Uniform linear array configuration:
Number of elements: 48
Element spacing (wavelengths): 0.5
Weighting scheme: blackman
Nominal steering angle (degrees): -30
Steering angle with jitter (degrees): -31.937
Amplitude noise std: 0.05
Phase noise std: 0.05

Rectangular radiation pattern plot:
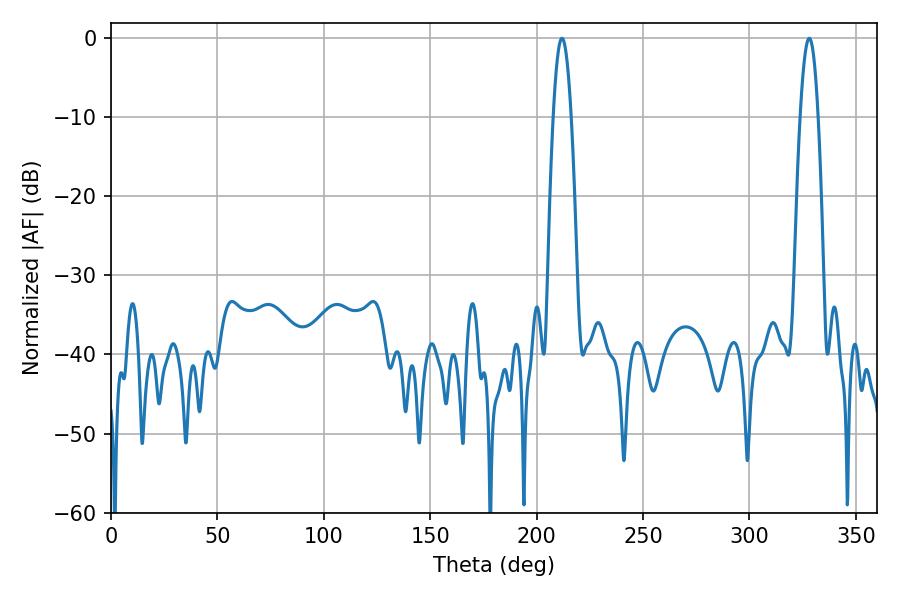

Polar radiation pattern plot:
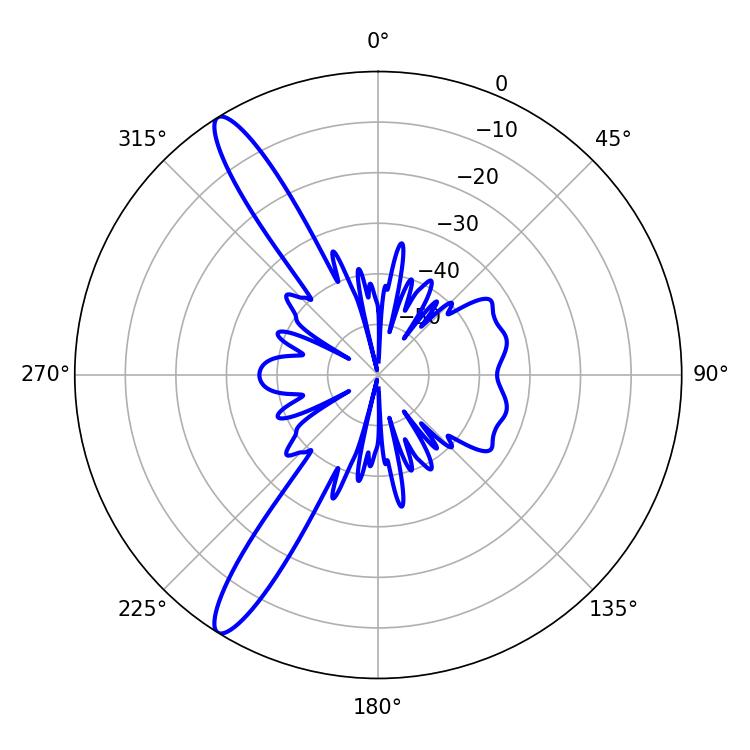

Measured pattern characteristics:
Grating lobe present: FALSE
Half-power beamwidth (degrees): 4.5
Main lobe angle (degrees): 211.86